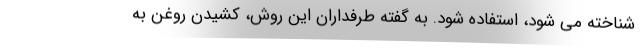
شناخته می شود، استفاده شود. به گفته طرفداران این روش، کشیدن روغن به